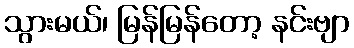
သွားမယ်၊ မြန်မြန်တော့ နင်းဗျာ